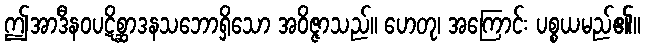
ဤအာဒီနဝပဋိစ္ဆာဒနသဘောရှိသော အဝိဇ္ဇာသည်။ ဟေတု၊ အကြောင်း ပစ္စယမည်၏။